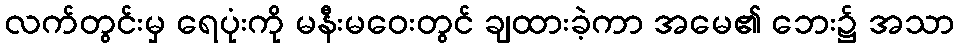
လက်တွင်းမှ ရေပုံးကို မနီးမဝေးတွင် ချထားခဲ့ကာ အမေ၏ ဘေး၌ အသာ